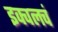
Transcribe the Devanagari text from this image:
इक्वलचं